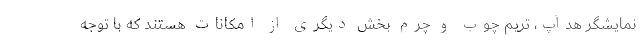
نمایشگر هدآپ، تریم چوب و چرم بخش دیگری از امکانات هستند که با توجه